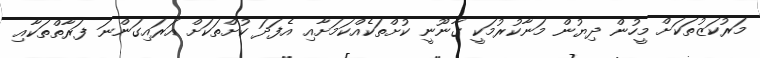
މަރުކަޒުތަކަށް މީހުން ދިޔުން މަނާކުރުމަކީ ޤާނޫނީ ކުށްތަކެއްކަމަށާއި އެފަދަ ކުށްތަކަށް އަރައިގަންނަ ފަރާތްތަކާއި